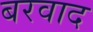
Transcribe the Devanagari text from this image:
बरवाद